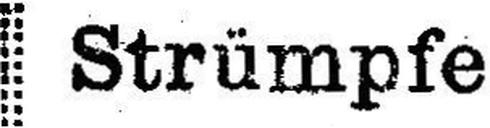
Strümpfe